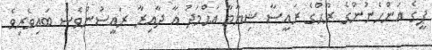
ޕީގެ އަންހެނުންގެ ރޫޙްގެ ރައީސާ ޝިޔާމާ އަޙްމަދު އާ ދާއިރާ ރައީސުންވެސް ބައިވެރިވެ